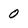
Character: 0